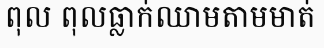
ពុល ពុលធ្លាក់ឈាមតាមមាត់